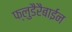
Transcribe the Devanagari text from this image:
फ्लुडैरैबाईन